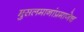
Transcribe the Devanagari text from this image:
मुसलमानांप्रमाणेच